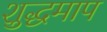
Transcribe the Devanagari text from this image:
शुद्धमाप